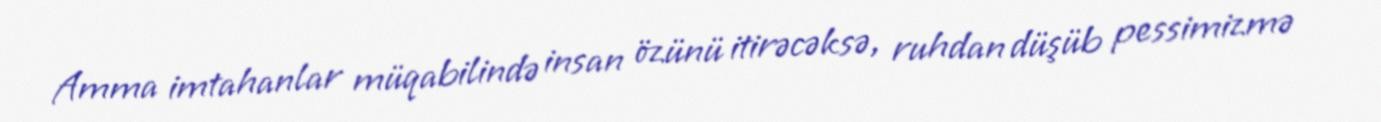
Amma imtahanlar müqabilində insan özünü itirəcəksə, ruhdan düşüb pessimizmə